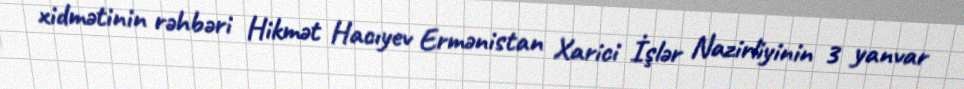
xidmətinin rəhbəri Hikmət Hacıyev Ermənistan Xarici İşlər Nazirliyinin 3 yanvar